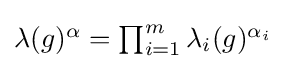
{\textstyle \lambda (g)^{\alpha }=\prod _{i=1}^{m}\lambda _{i}(g)^{\alpha _{i}}}